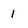
Character: 1